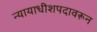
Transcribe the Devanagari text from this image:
न्यायाधीशपदावरून